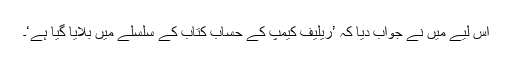
اس لیے مَیں نے جواب دیا کہ ’ریلیف کیمپ کے حساب کتاب کے سلسلے میں بلایا گیا ہے‘۔